画像に写った文字を読んでください
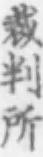
「裁判所」と書いてあります